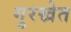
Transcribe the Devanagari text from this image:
गुरखेत